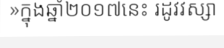
»ក្នុងឆ្នាំ២០១៧នេះ រដូវវស្សា